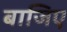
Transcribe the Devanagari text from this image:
बाजिए